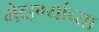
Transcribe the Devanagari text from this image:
मेव्हण्यांच्या